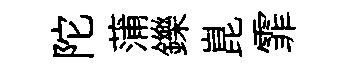
陀蒲鑠崑霏